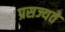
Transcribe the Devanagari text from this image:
प्रसज्यते